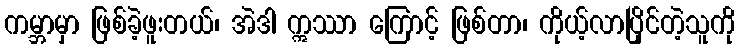
ကမ္ဘာမှာ ဖြစ်ခဲ့ဖူးတယ်၊ အဲဒါ ဣဿာ ကြောင့် ဖြစ်တာ၊ ကိုယ့်လာပြိုင်တဲ့သူကို